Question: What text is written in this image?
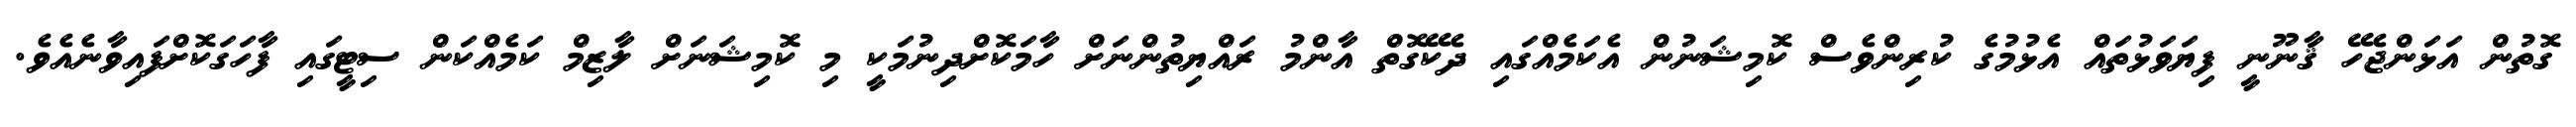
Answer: ގޮތުން އަޅަންޖެހޭ ޤާނޫނީ ފިޔަވަޅުތައް އެޅުމުގެ ކުރިންވެސް ކޮމިޝަނުން އެކަމެއްގައި ދެކޭގޮތް އާންމު ރައްޔިތުންނަށް ހާމަކޮށްދިނުމަކީ މި ކޮމިޝަނަށް ލާޒިމް ކަމެއްކަން ސިޓީގައި ފާހަގަކޮށްފައިވާނެއެވެ.